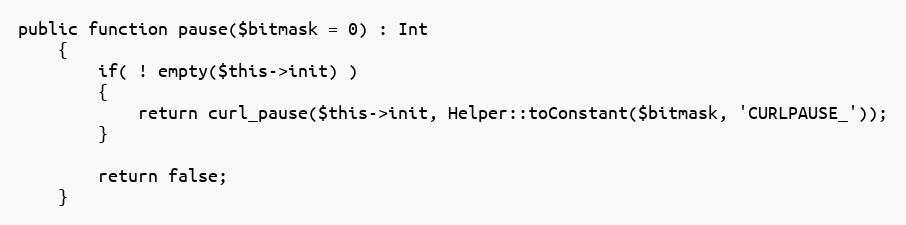
Language: PHP
public function pause($bitmask = 0) : Int
    {
        if( ! empty($this->init) )
        {
            return curl_pause($this->init, Helper::toConstant($bitmask, 'CURLPAUSE_'));
        }

        return false;
    }